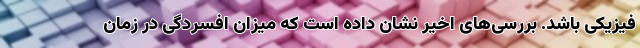
فیزیکی باشد. بررسی‌های اخیر نشان داده است که میزان افسردگی در زمان